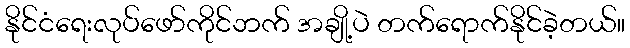
နိုင်ငံရေးလုပ်ဖော်ကိုင်ဘက် အချို့ပဲ တက်ရောက်နိုင်ခဲ့တယ်။